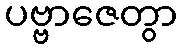
ပဗ္ဗာဇေတွာ